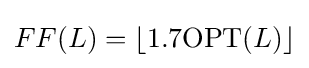
FF(L)=\lfloor 1.7\mathrm {OPT} (L)\rfloor